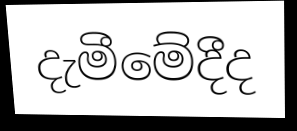
දැමීමේදීද